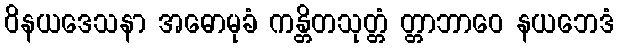
ဝိနယဒေသနာ အဓောမုခံ ကန္တိတသုတ္တံ တ္တာဘာဝေ နယဘေဒံ